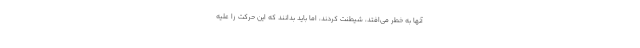
آنها به خطر می‌افتد، شیطنت کردند، اما باید بدانند که این حرکت را علیه